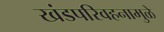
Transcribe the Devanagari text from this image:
खंडपरिवहनामुळे